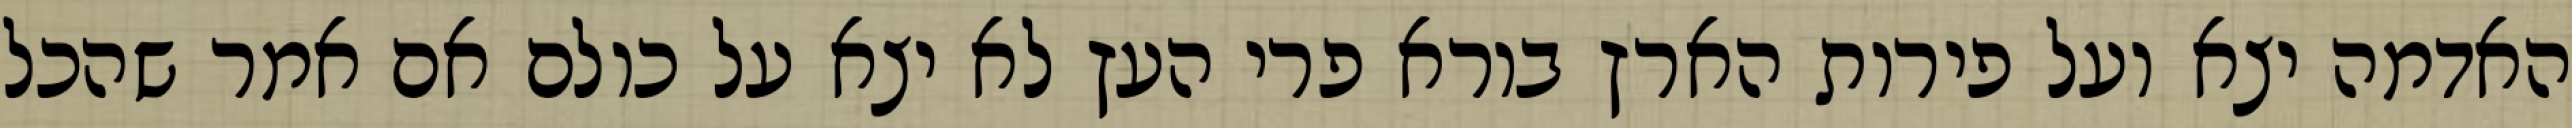
האדמה יצא ועל פירות הארץ בורא פרי העץ לא יצא על כולם אם אמר שהכל